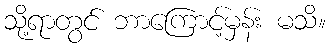
သို့ရာတွင် ဘာကြောင့်မှန်း မသိ။